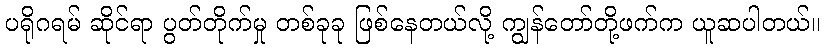
ပရိုဂရမ် ဆိုင်ရာ ပွတ်တိုက်မှု တစ်ခုခု ဖြစ်နေတယ်လို့ ကျွန်တော်တို့ဖက်က ယူဆပါတယ်။